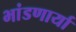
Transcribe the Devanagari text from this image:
भांडणार्या